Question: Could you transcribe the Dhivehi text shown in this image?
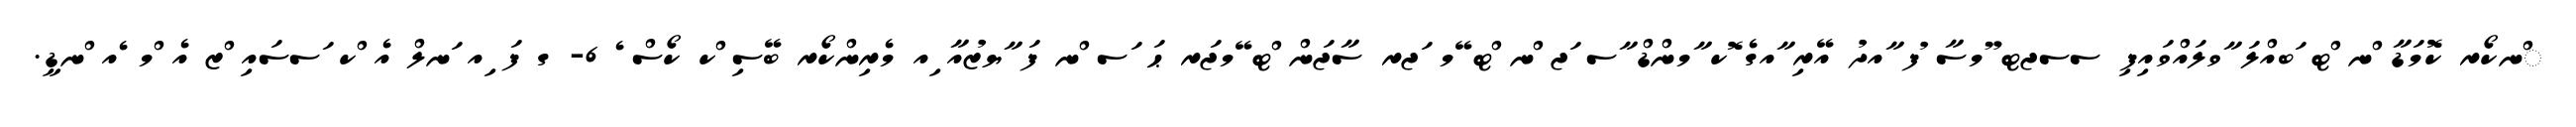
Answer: ްނކޯރ ކޮމަޑާ ްނ ްޓ ަބއްލަ ާވލައްވައިފި ސސޖޓ ޫމސާ ުފ ާއދު އޭރި ާއގެ ޮކ ާމންޑް ާސ ަޖ ްނ ްޓ ޭމ ަޖރ ސާޖަން ްޓ ޭމޖަރ ޙަ ަސ ްނ ފަ ާޔޒުއާ ިއ މެރިންކޯރ ބޭސި ްކ ކޯސް ެ 6- ގ ފަ ިއ ަނލް އެ ްކ ަސސައި ްޒ އެ ްމ ެއ ްނޑީ.